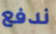
ندفع